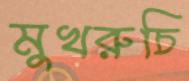
মুখরুচি